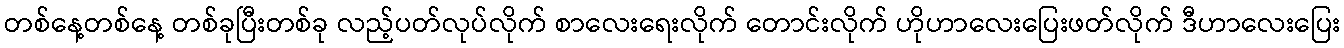
တစ်နေ့တစ်နေ့ တစ်ခုပြီးတစ်ခု လည့်ပတ်လုပ်လိုက် စာလေးရေးလိုက် တောင်းလိုက် ဟိုဟာလေးပြေးဖတ်လိုက် ဒီဟာလေးပြေး